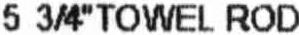
5 3/4" TOWEL ROD